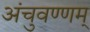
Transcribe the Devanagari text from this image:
अंचुवण्णम्